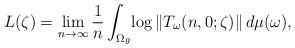
LaTeX: \begin{align*}L(\zeta)=\lim_{n \to \infty} \frac{1}{n} \int_{\Omega_\theta} \! \log\|T_\omega(n,0;\zeta)\| \, d\mu(\omega), \end{align*}